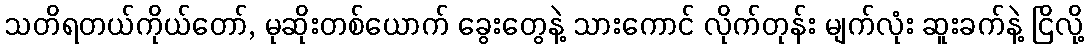
သတိရတယ်ကိုယ်တော်, မုဆိုးတစ်ယောက် ခွေးတွေနဲ့ သားကောင် လိုက်တုန်း မျက်လုံး ဆူးခက်နဲ့ ငြိလို့